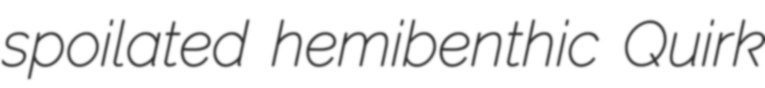
spoilated hemibenthic Quirk